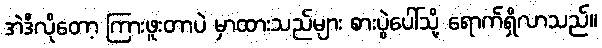
အဲဒီလိုတော့ ကြားဖူးတာပဲ မှာထားသည်များ စားပွဲပေါ်သို့ ရောက်ရှိလာသည်။